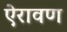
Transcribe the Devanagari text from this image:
ऐरावण